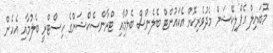
މޮބައިލް އެޕްލިކޭޝަން މެދުވެރިކޮށް އެކައުންޓް ބެލެންސް ބެލުމާއި ޓްރާންސެކްޝަންގެ ހިސްޓްރީ ބެލުމާއި އެހެން